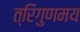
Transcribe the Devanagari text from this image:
त्रिगुणमय